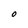
Character: O